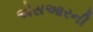
એસઆરની